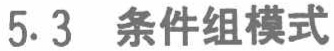
5.3 条件组模式